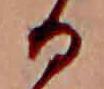
る